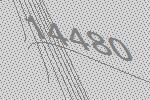
14480